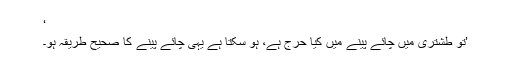
‘
’تو طشتری میں چائے پینے میں کیا حرج ہے، ہو سکتا ہے یہی چائے پینے کا صحیح طریقہ ہو۔